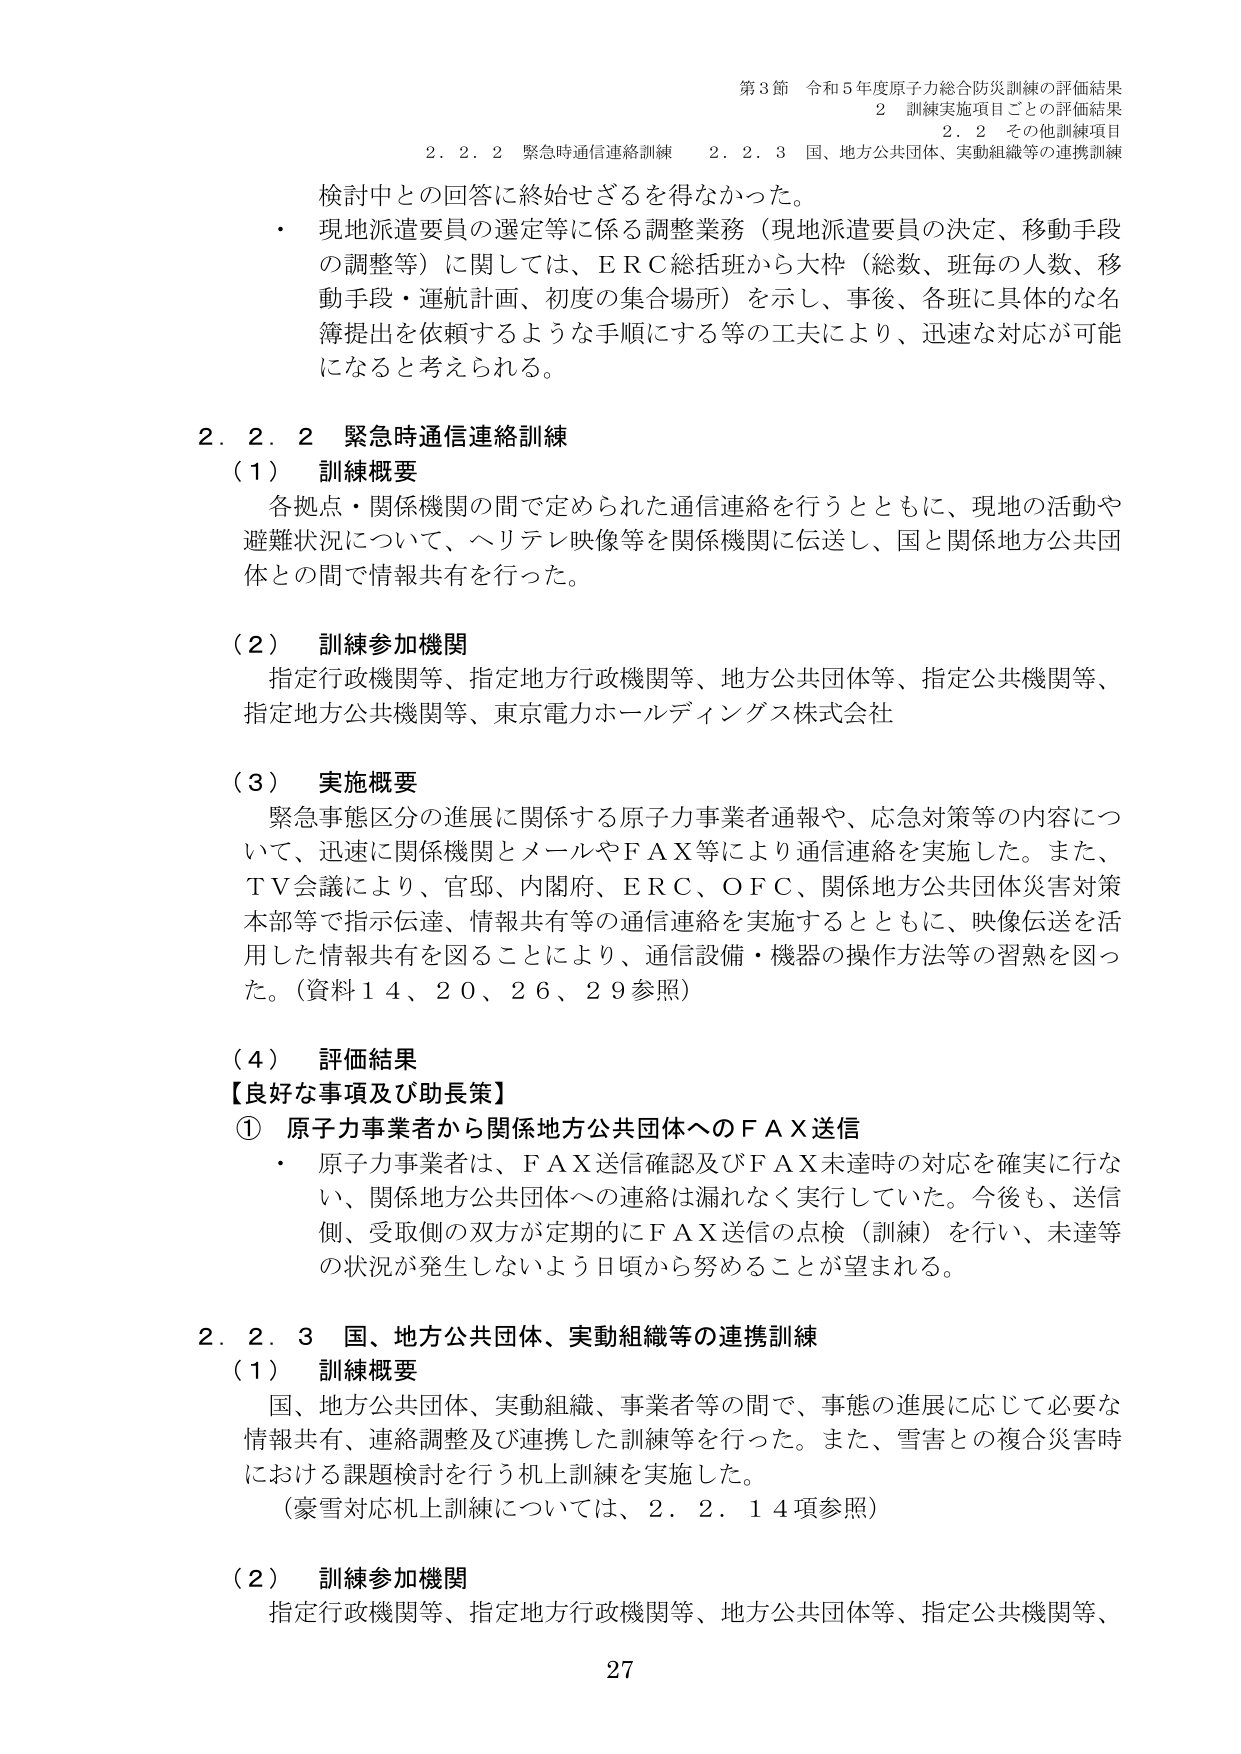
第3節 令和5年度原子力総合防災訓練の評価結果
2 訓練実施項目ごとの評価結果
2.2 その他訓練項目
2.2.2 緊急時通信連絡訓練 2.2.3 国、地方公共団体、実動組織等の連携訓練

検討中との回答に終始せざるを得なかった。
・ 現地派遣要員の選定等に係る調整業務（現地派遣要員の決定、移動手段の調整等）に関しては、ERC総括班から大枠（総数、班毎の人数、移動手段・運航計画、初度の集合場所）を示し、事後、各班に具体的な名簿提出を依頼するような手順にする等の工夫により、迅速な対応が可能になると考えられる。

2.2.2 緊急時通信連絡訓練
（1） 訓練概要
各拠点・関係機関の間で定められた通信連絡を行うとともに、現地の活動や避難状況について、ヘリテレ映像等を関係機関に伝送し、国と関係地方公共団体との間で情報共有を行った。

（2） 訓練参加機関
指定行政機関等、指定地方行政機関等、地方公共団体等、指定公共機関等、指定地方公共機関等、東京電力ホールディングス株式会社

（3） 実施概要
緊急事態区分の進展に関係する原子力事業者通報や、応急対策等の内容について、迅速に関係機関とメールやFAX等により通信連絡を実施した。また、TV会議により、官邸、内閣府、ERC、OFC、関係地方公共団体災害対策本部等で指示伝達、情報共有等の通信連絡を実施するとともに、映像伝送を活用した情報共有を図ることにより、通信設備・機器の操作方法等の習熟を図った。（資料14、20、26、29参照）

（4） 評価結果
【良好な事項及び助長策】
① 原子力事業者から関係地方公共団体へのFAX送信
・ 原子力事業者は、FAX送信確認及びFAX未達時の対応を確実に行ない、関係地方公共団体への連絡は漏れなく実行していた。今後も、送信側、受取側の双方が定期的にFAX送信の点検（訓練）を行い、未達等の状況が発生しないよう日頃から努めることが望まれる。

2.2.3 国、地方公共団体、実動組織等の連携訓練
（1） 訓練概要
国、地方公共団体、実動組織、事業者等の間で、事態の進展に応じて必要な情報共有、連絡調整及び連携した訓練等を行った。また、雪害との複合災害時における課題検討を行う机上訓練を実施した。
（豪雪対応机上訓練については、2.2.14項参照）

（2） 訓練参加機関
指定行政機関等、指定地方行政機関等、地方公共団体等、指定公共機関等、

27